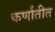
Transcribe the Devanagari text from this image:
कर्णातीत